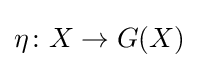
\eta \colon X\to G(X)